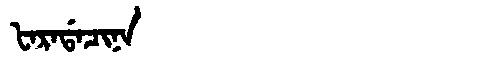
Manchu: ᡶᠠᡵᠠᡩᠠᠴᡳᠨᠠ
Romanization: FARADACINA